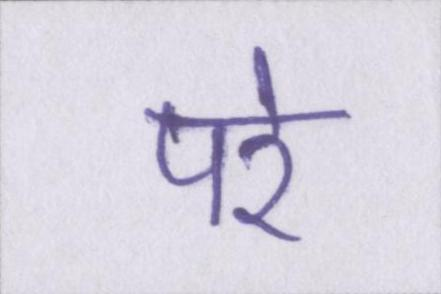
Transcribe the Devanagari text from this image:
परे